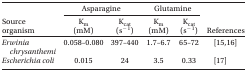
<table><thead><tr><td rowspan="2"><b>Source organism</b></td><td colspan="2"><b>Asparagine</b></td><td colspan="2"><b>Glutamine</b></td><td rowspan="2"><b>References</b></td></tr><tr><td><b>K<sub>m</sub> (mM)</b></td><td><b>K<sub>cat</sub> (s<sup>− 1</sup>)</b></td><td><b>K<sub>m</sub> (mM)</b></td><td><b>K<sub>cat</sub> (s<sup>− 1</sup>)</b></td></tr></thead><tbody><tr><td><i>Erwinia chrysanthemi</i></td><td>0.058–0.080</td><td>397–440</td><td>1.7–6.7</td><td>65–72</td><td>[15,16]</td></tr><tr><td><i>Escherichia coli</i></td><td>0.015</td><td>24</td><td>3.5</td><td>0.33</td><td>[17]</td></tr></tbody></table>